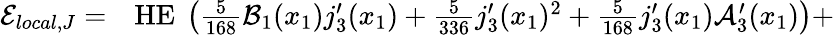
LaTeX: \begin{array}{rl}{\mathcal{E}_{local,J}=}&{{}\textup{H}\textup{E}\ \left(\frac{5}{168}\mathcal{B}_{1}(x_{1})j_{3}^{\prime}(x_{1})+\frac{5}{336}j_{3}^{\prime}(x_{1}){}^{2}+\frac{5}{168}j_{3}^{\prime}(x_{1})\mathcal{A}_{3}^{\prime}(x_{1})\right)+}\end{array}